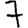
Digit: 7